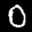
Label: 0